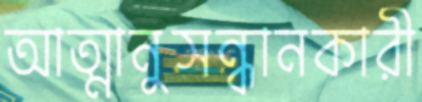
আত্মানুসন্ধানকারী